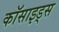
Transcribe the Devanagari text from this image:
कॉसाइड्स